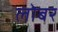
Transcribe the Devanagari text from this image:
लोबर